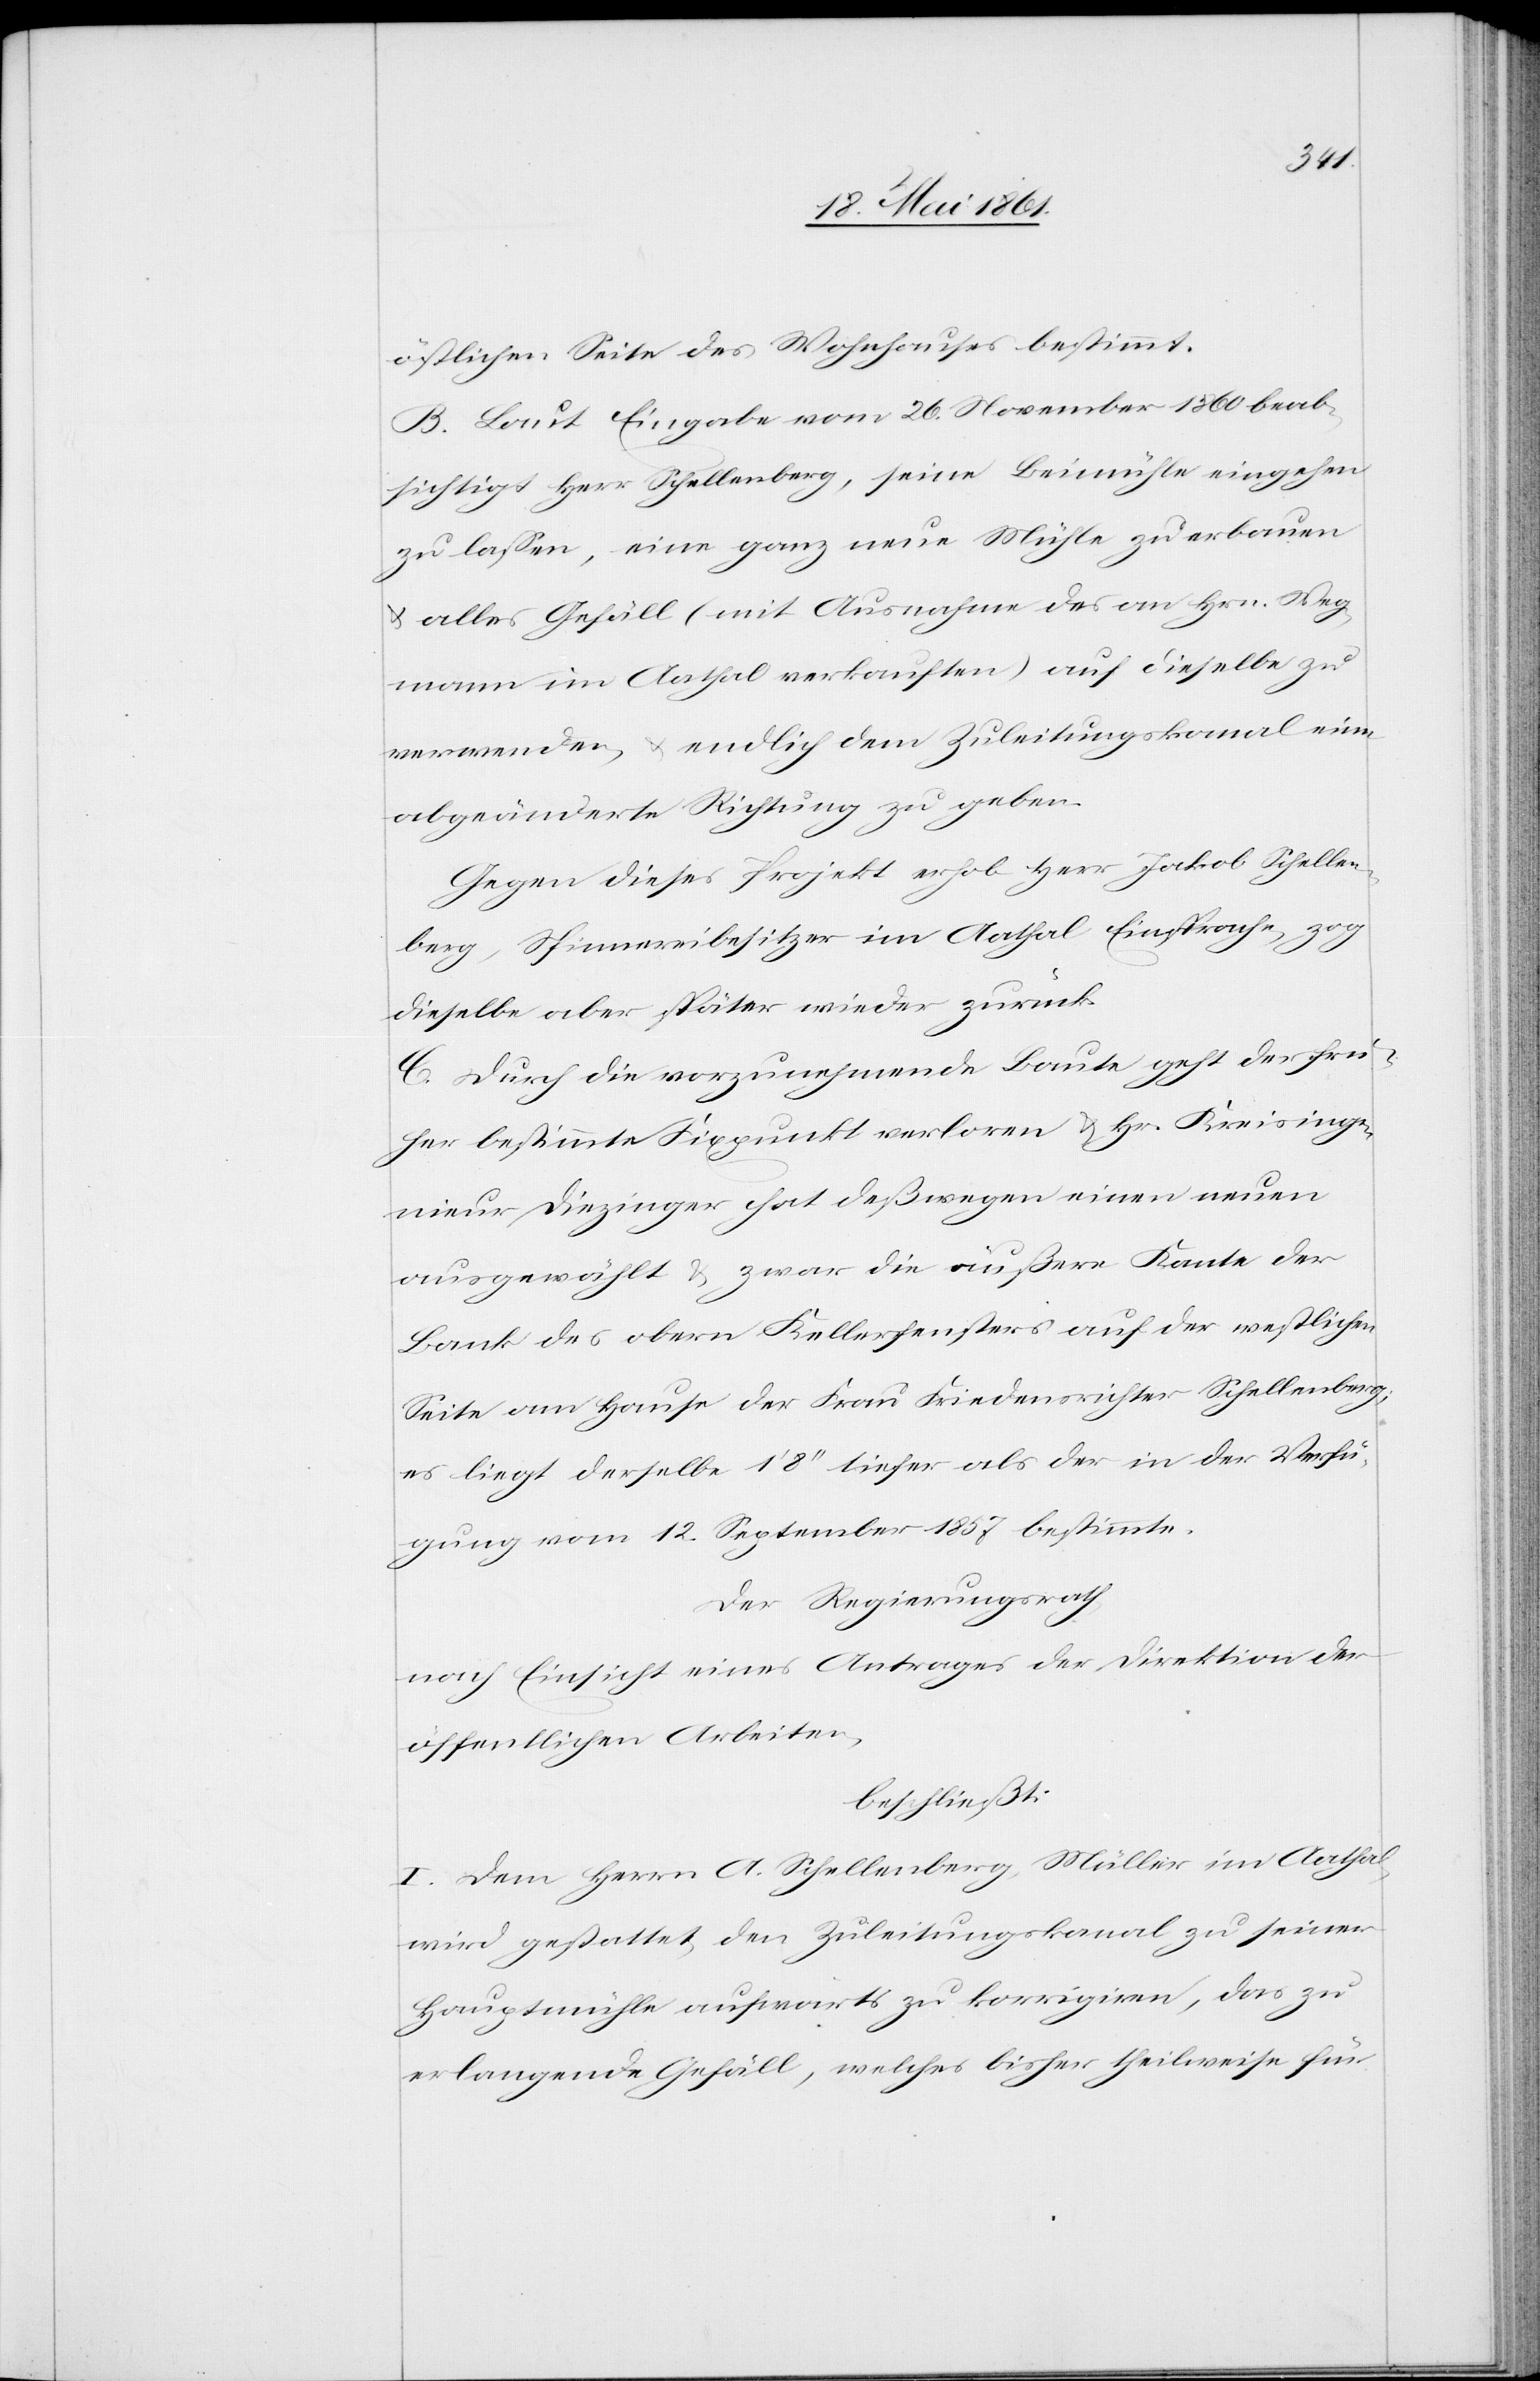
östlichen Seite des Wohnhauses bestimmt.
B. Laut Eingabe vom 26. November 1860 beab¬
sichtigt Herr Schellenberg, seine Beimühle eingehen
zu lassen, eine ganz neue Mühle zu erbauen
u. alles Gefäll (mit Ausnahme des an Hrn. Weg¬
mann im Aathal verkauften) auf dieselbe zu
verwenden, u. endlich dem Zuleitungskanal eine
abgeänderte Richtung zu geben.
Gegen dieses Projekt erhob Herr Jakob Schellen¬
berg, Spinnereibesitzer im Aathal Einsprache, zog
dieselbe aber später wieder zurück.
C. Durch die vorzunehmende Baute geht der frü¬
her bestimmte Fixpunkt verloren u. Hr. Kreisinge¬
nieur Diezinger hat deßwegen einen neuen
ausgewählt u. zwar die äußere Kante der
Bank des obern Kellerfensters auf der westlichen
Seite am Hause der Frau Friedensrichter Schellenberg;
es liegt derselbe 1’ 8’’ tiefer als der in der Verfü¬
gung vom 12. September 1857 bestimmte.
Der Regierungsrath
nach Einsicht eines Antrages der Direktion der
öffentlichen Arbeiten,
beschließt:
I. Dem Herrn A. Schellenberg, Müller im Aathal,
wird gestattet, den Zuleitungskanal zu seiner
Hauptmühle aufwärts zu korrigiren, das zu
erlangende Gefäll, welches bisher theilweise für